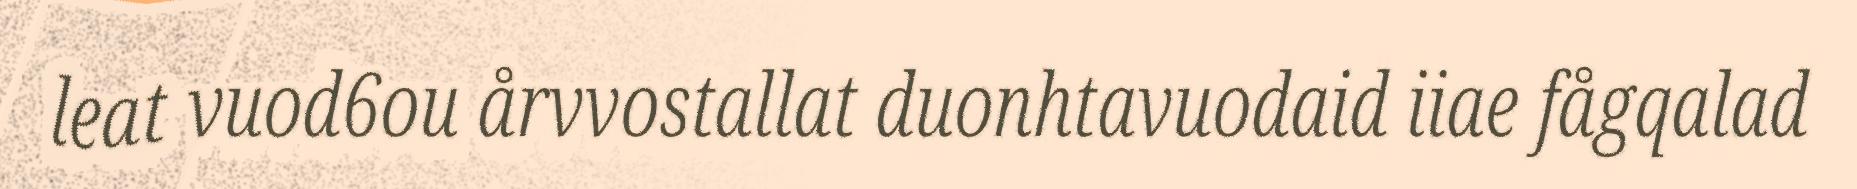
leat vuod6ou årvvostallat duonhtavuodaid iiae fågqalad